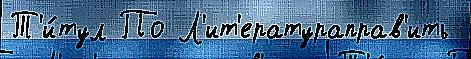
Т'и́тул По Л'ит'ератураправ'ить